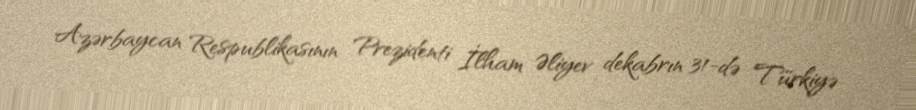
Azərbaycan Respublikasının Prezidenti İlham Əliyev dekabrın 31-də Türkiyə